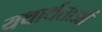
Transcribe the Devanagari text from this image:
यथार्थताओं